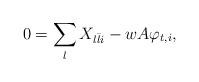
LaTeX: \begin{align*}0 = \sum_l X_{l\bar li} - w A \varphi_{t,i} ,\end{align*}